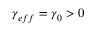
\gamma _ { e f f } = \gamma _ { 0 } > 0